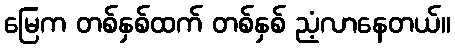
မြေက တစ်နှစ်ထက် တစ်နှစ် ညံ့လာနေတယ်။